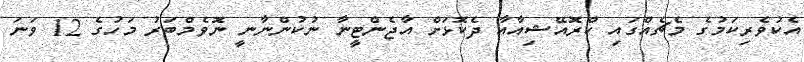
އެކުވެރިކަމުގެ މެޗެއްގައި ކްރޮއޭޝިއާއާ ދެކޮޅަށް އާޖެންޓީނާ ނުކުންނާނީ ނޮވެމްބަރު މަހުގެ 12 ވަނަ